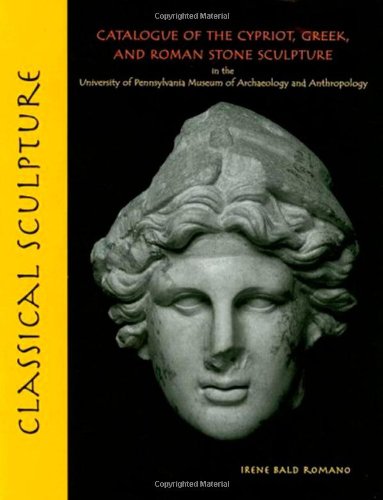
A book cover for Classical Sculpture: Catalogue of the Cypriot, Greek, and Roman Stone Sculpture in the University of Pennsylvania Museum of Archaeology and Anthropology (University Museum Monograph); Irene Bald Romano; Arts & Photography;